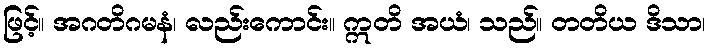
ဖြင့်။ အဂတိဂမနံ၊ လည်းကောင်း။ ဣတိ အယံ၊ သည်။ တတိယ ဒိသာ၊